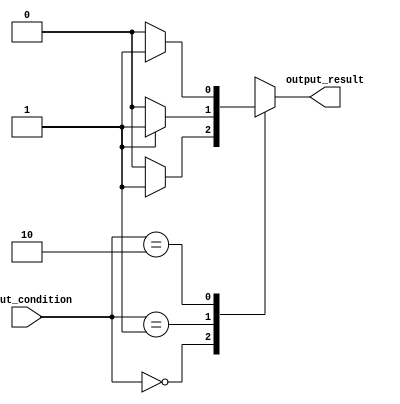
module behavioral_modeling_block (
  input wire [1:0] input_condition,
  output reg output_result
);

always @* begin
  case (input_condition)
    2'b00: begin
      if (some_condition) begin
        output_result <= 1'b1;
      end else begin
        output_result <= 1'b0;
      end
    end
    2'b01: begin
      if (another_condition) begin
        output_result <= 1'b1;
      end else begin
        output_result <= 1'b0;
      end
    end
    2'b10: begin
      if (different_condition) begin
        output_result <= 1'b1;
      end else begin
        output_result <= 1'b0;
      end
    end
    default: begin
      output_result <= 1'bx;
    end
  endcase
end

endmodule